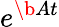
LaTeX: e^{\b{A}t}